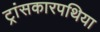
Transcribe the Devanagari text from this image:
ट्रांसकारपथिया